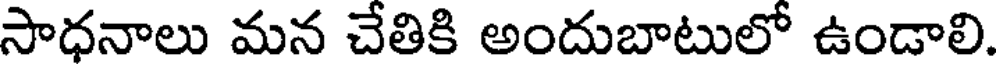
సాధనాలు మన చేతికి అందుబాటులో ఉండాలి.